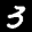
Label: 3